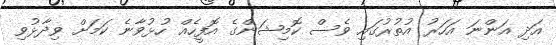
އަދި އަންނަ އަހަރު އުތުރުގައި ވެސް ކޮމިޝަންގެ އޮފީހެއް ހުޅުވާނެ ކަމަށް ވިދާޅުވި